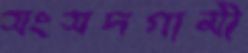
সংসদগামী